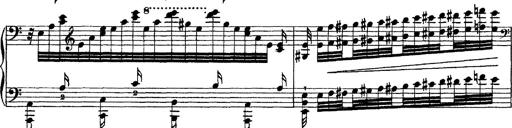
Title: Grandes Ã©tudes de Paganini
Composer: Franz Liszt